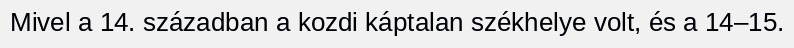
Mivel a 14. században a kozdi káptalan székhelye volt, és a 14–15.